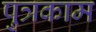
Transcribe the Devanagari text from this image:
पुत्रकाम